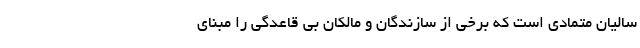
سالیان متمادی است که برخی از سازندگان و مالکان بی قاعدگی را مبنای